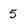
Character: 5